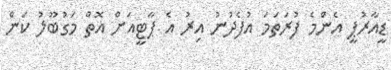
ޑީއާރުޕީ އެންމެ ފުރަތަމަ އުފެދުނު އިރު އެ ޕާޓީއަށް އޮތް މަގުބޫލު ކަން